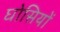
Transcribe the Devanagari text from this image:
घोसियों